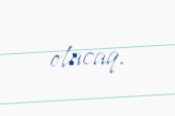
olacaq.